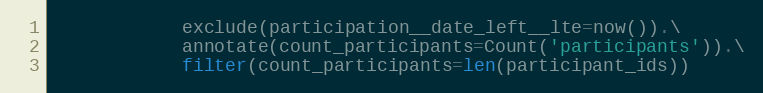
Language: Python
            exclude(participation__date_left__lte=now()).\
            annotate(count_participants=Count('participants')).\
            filter(count_participants=len(participant_ids))